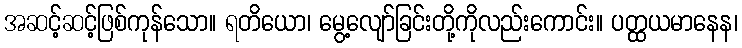
အဆင့်ဆင့်ဖြစ်ကုန်သော။ ရတိယော၊ မွေ့လျော်ခြင်းတို့ကိုလည်းကောင်း။ ပတ္ထယမာနေန၊